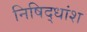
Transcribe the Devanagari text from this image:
निषिद्धांश